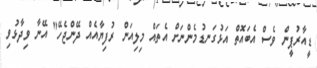
ޑީއާރުޕީން ވެސް އެބައޮތް އަޅުގަނޑުމެންނަށް އެތައް މިލިއަން ރުފިޔާއެއް ދޭންޖެހޭ" އޭނާ ވިދާޅުވި